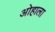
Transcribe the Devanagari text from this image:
ओहाला